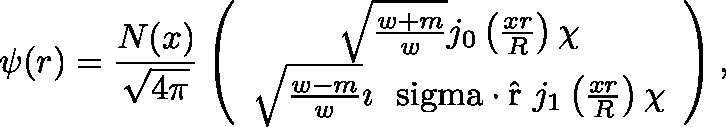
\psi ( r ) = \frac { N ( x ) } { \sqrt { 4 \pi } } \left( \begin{array} { c } { { \sqrt { \frac { w + m } { w } } j _ { 0 } \left( \frac { x r } { R } \right) \chi } } \\ { { \sqrt { \frac { w - m } { w } } \imath \mathrm { \boldmath ~ \ s i g m a \cdot \hat { r } ~ } j _ { 1 } \left( \frac { x r } { R } \right) \chi } } \end{array} \right) ,